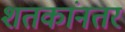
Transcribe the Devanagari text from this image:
शतकांनतर